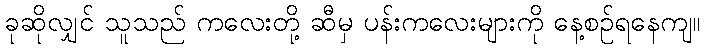
ခုဆိုလျှင် သူသည် ကလေးတို့ ဆီမှ ပန်းကလေးများကို နေ့စဉ်ရနေကျ။